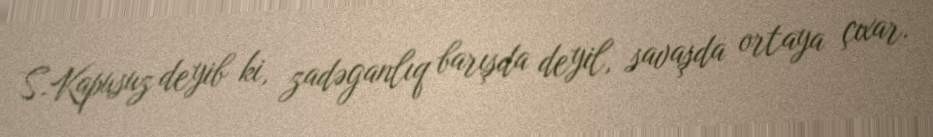
S.Kapusuz deyib ki, zadəganlıq barışda deyil, savaşda ortaya çıxar.